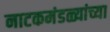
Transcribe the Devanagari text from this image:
नाटकमंडळ्यांच्या